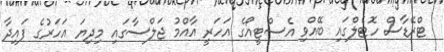
ޓްރޭޑާސް ހޮޓެލްގައި ބޭއްވި އެސްޓީއޯގެ އަހަރީ އާއްމު ޖަލްސާގައި މިދިޔަ އަހަރުގެ ފައިދާ